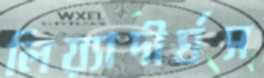
লিয়্যাদীর্ঘস